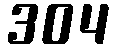
304